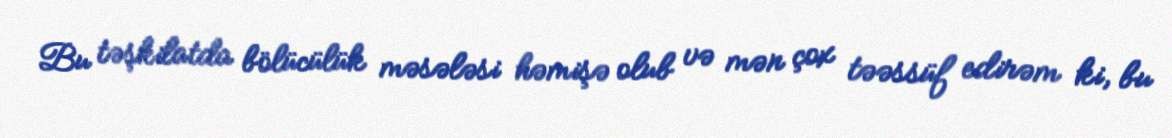
Bu təşkilatda bölücülük məsələsi həmişə olub və mən çox təəssüf edirəm ki, bu